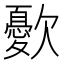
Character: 㱊